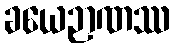
ခယေဉာဏဿ